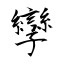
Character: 孿